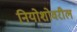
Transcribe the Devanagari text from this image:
नियोशोवरील